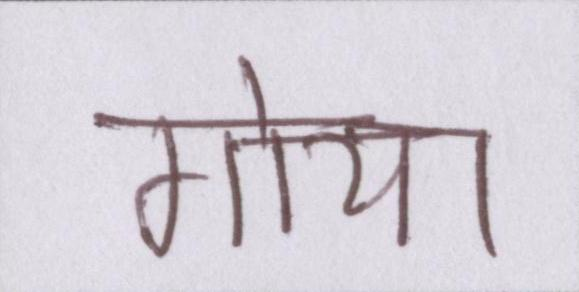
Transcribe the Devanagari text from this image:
गोया